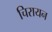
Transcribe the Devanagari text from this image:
चिरायन